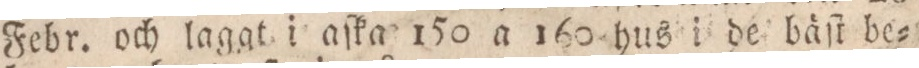
Febr. och lagat i aſka 150 a 160 hus i de bäſt be=